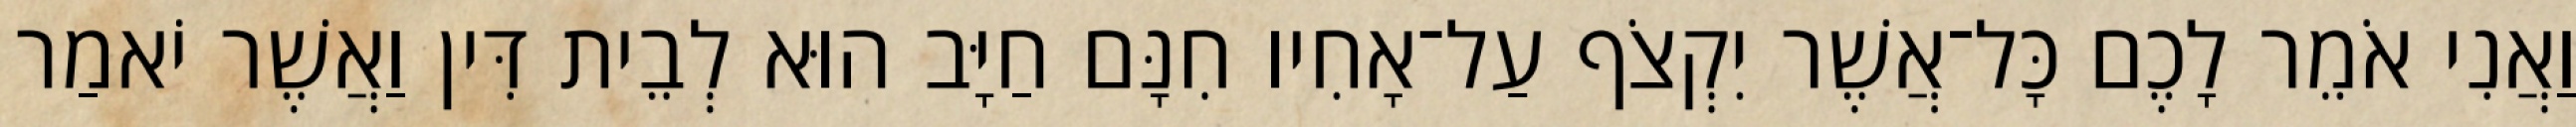
וַאֲנִי אֹמֵר לָכֶם כָּל־אֲשֶׁר יִקְצֹף עַל־אָחִיו חִנָּם חַיָּב הוּא לְבֵית דִּין וַאֲשֶׁר יֹאמַר